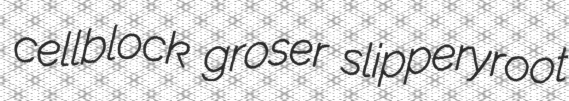
cellblock groser slipperyroot